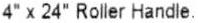
4" X 24" ROLLER HANDLE.